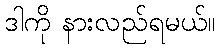
ဒါကို နားလည်ရမယ်။